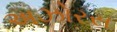
અઝોરસ